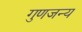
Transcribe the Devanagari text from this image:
गुणजन्य